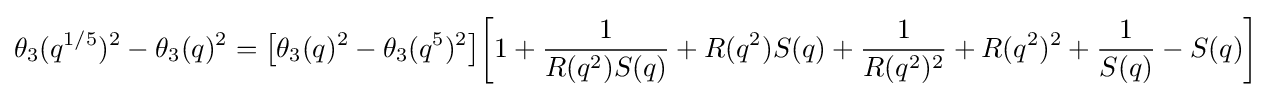
\theta _{3}(q^{1/5})^{2}-\theta _{3}(q)^{2}={\bigl [}\theta _{3}(q)^{2}-\theta _{3}(q^{5})^{2}{\bigr ]}{\biggl [}1+{\frac {1}{R(q^{2})S(q)}}+R(q^{2})S(q)+{\frac {1}{R(q^{2})^{2}}}+R(q^{2})^{2}+{\frac {1}{S(q)}}-S(q){\biggr ]}